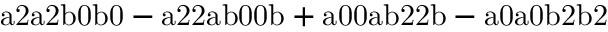
\mathrm { a 2 a 2 b 0 b 0 - a 2 2 a b 0 0 b + a 0 0 a b 2 2 b - a 0 a 0 b 2 b 2 }